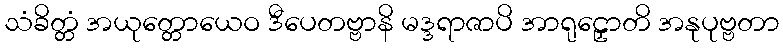
သံခိတ္တံ အယုတ္တောယေဝ ဒီပေတဗ္ဗာနိ မဒ္ဒရာဇာပိ အာရုဠှောတိ အနုပုဗ္ဗတာ